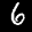
Label: 6